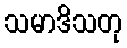
သမာဒိသတု